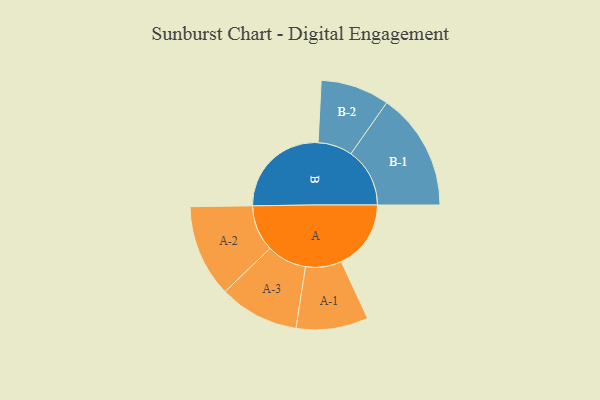
{"axis": {"x": "Segment", "y": "Value"}, "legend": ["", "A", "B"], "data": [{"x": "A", "y": 342, "type": ""}, {"x": "B", "y": 492, "type": ""}, {"x": "A-1", "y": 177, "type": "A"}, {"x": "A-2", "y": 227, "type": "A"}, {"x": "A-3", "y": 196, "type": "A"}, {"x": "B-1", "y": 289, "type": "B"}, {"x": "B-2", "y": 169, "type": "B"}]}